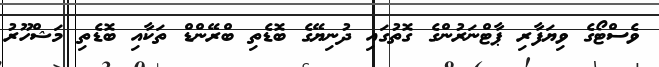
ވެސްޓޯގެ ވިޔަފާރި ޕާޓްނަރުންގެ ގޮތުގައި ދުނިޔޭގެ ބޮޑެތި ބްރޭންޑް ތަކާއި ބޮޑެތި މަޝްހޫރު